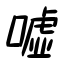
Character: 嘘